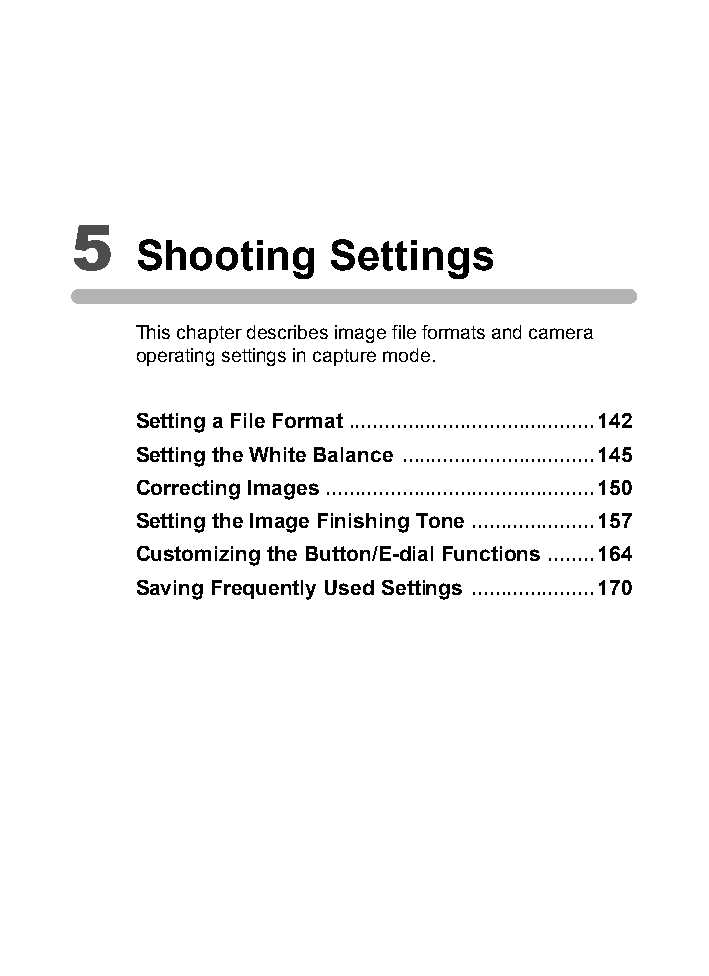
5
 Shooting     Settings
 This chapter describes image file formats and camera
 operating settings in capture mode.
 Setting a File Format ..........................................142
 Setting the White Balance .................................145
 Correcting Images ..............................................150
 Setting the Image Finishing Tone .....................157
 Customizing the Button/E-dial Functions ........164
 Saving Frequently Used Settings .....................170